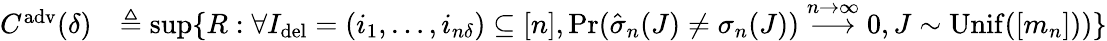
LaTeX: \begin{array}{rl}{C^{\mathrm{adv}}(\delta)}&{\triangleq\operatorname*{sup}\{ R:\forall I_{\mathrm{del}}=(i_{1},\dots,i_{n\delta})\subseteq[n],\operatorname*{Pr}(\hat{\sigma}_{n}(J)\neq\sigma_{n}(J))\overset{n\to\infty}{\longrightarrow}0,J\sim\mathrm{Unif}([m_{n}]))\} }\end{array}